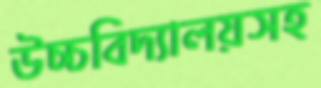
উচ্চবিদ্যালয়সহ